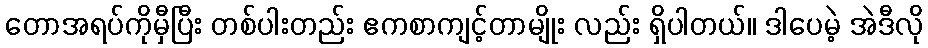
တောအရပ်ကိုမှီပြီး တစ်ပါးတည်း ဧကစာကျင့်တာမျိုး လည်း ရှိပါတယ်။ ဒါပေမဲ့ အဲဒီလို